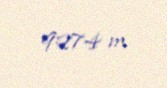
9274 m